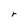
Character: r